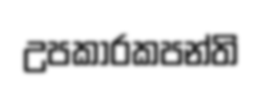
උපකාරකපන්ති